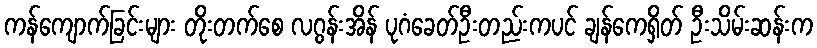
ကန်ကျောက်ခြင်းများ တိုးတက်စေ လဂွန်းအိန် ပုဂံခေတ်ဦးတည်းကပင် ချန်ကေရှိတ် ဦးသိမ်းဆန်းက